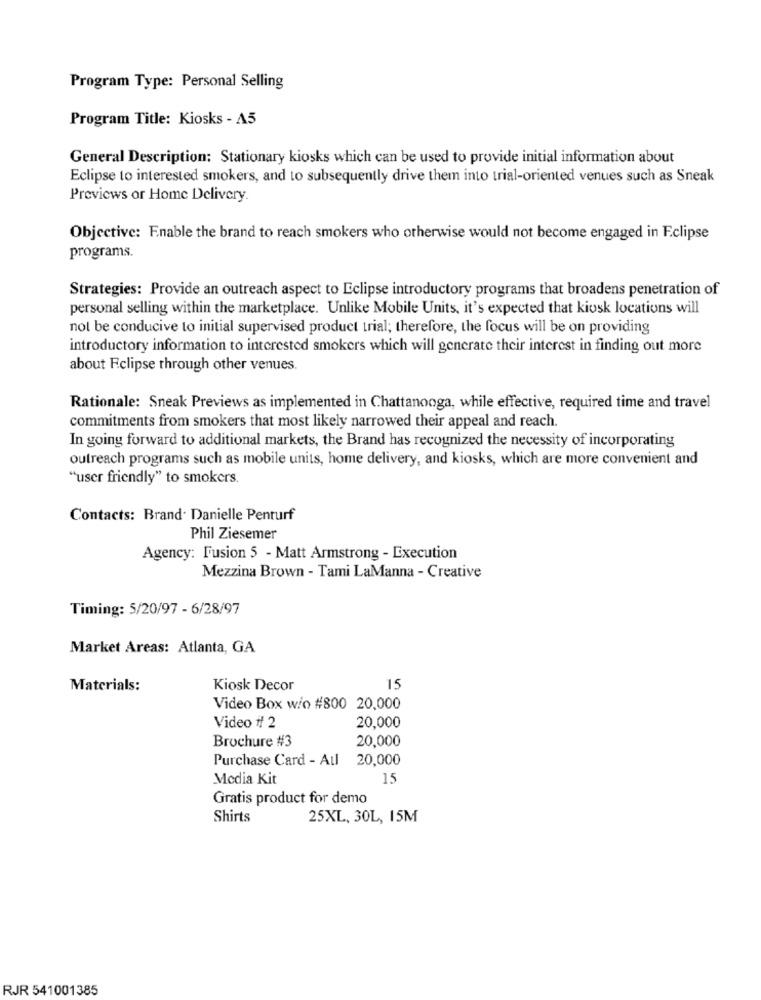
Program Type: Personal Selling
Program Title: Kiosks - A5
General Description: Stationary kiosks which can be used to provide initial information about
Eclipse to interested smokers, and to subsequently drive them into trial-oriented venues such as Sneak
Previews or Home Delivery.
Objective: Enable the brand to reach smokers who otherwise would not become engaged in Eclipse
programs.
Strategies: Provide an outreach aspect to Eclipse introductory programs that broadens penetration of
personal selling within the marketplace. Unlike Mobile Units, it's expected that kiosk locations will
not be conducive to initial supervised product trial; therefore, the focus will be on providing
introductory information to interested smokers which will generate their interest in finding out more
about Eclipse through other venues.
Rationale: Sneak Previews as implemented in Chattanooga, while effective, required time and travel
commitments from smokers that most likely narrowed their appeal and reach.
In going forward to additional markets, the Brand has recognized the necessity of incorporating
outreach programs such as mobile units, home delivery, and kiosks, which are more convenient and
"user friendly" to smokers.
Contacts: Brand. Danielle Penturf
Phil Ziesemer
Agency: Fusion 5 - Matt Armstrong - Execution
Mezzina Brown - Tami LaManna - Creative
Timing: 5/20/97 - 6/28/97
Market Areas: Atlanta, GA
Materials:
Kiosk Decor
15
Video Box wio #800 20,000
Video f/ 2
20,000
Brochure #3
20,000
Purchase Card - All
20,000
Media Kit
15
Gratis product for demo
Shirts
25XL, 30L, 15M
RJR 541001385